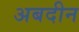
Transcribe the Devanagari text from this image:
अबदीन